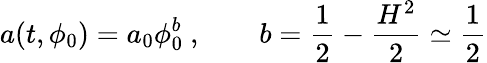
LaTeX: a(t,\phi_{0})=a_{0}\phi_{0}^{b}~,\qquad b=\frac{1}{2}-\frac{H^{2}}{2}\simeq\frac{1}{2}